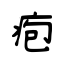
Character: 疱